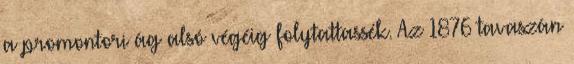
a promontori ág alsó végéig folytattassék. Az 1876 tavaszán